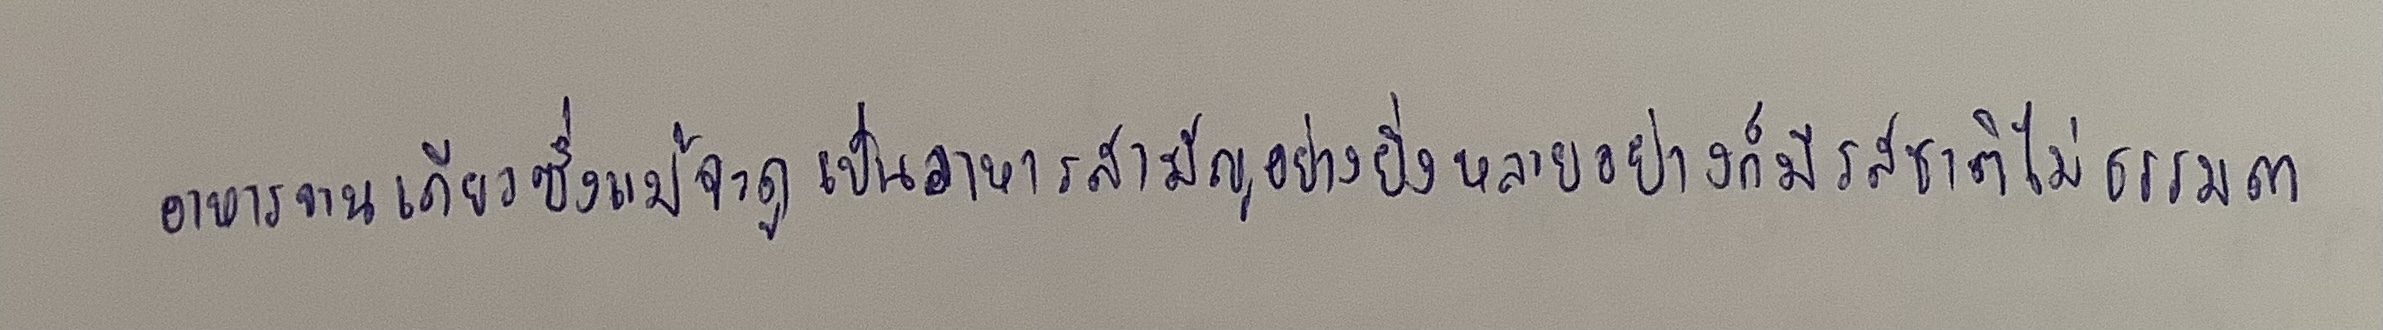
อาหารจานเดียวซึ่งแม้จะดูเป็นอาหารสามัญอย่างยิ่งหลายอย่างก็มีรสชาติไม่ธรรมดา